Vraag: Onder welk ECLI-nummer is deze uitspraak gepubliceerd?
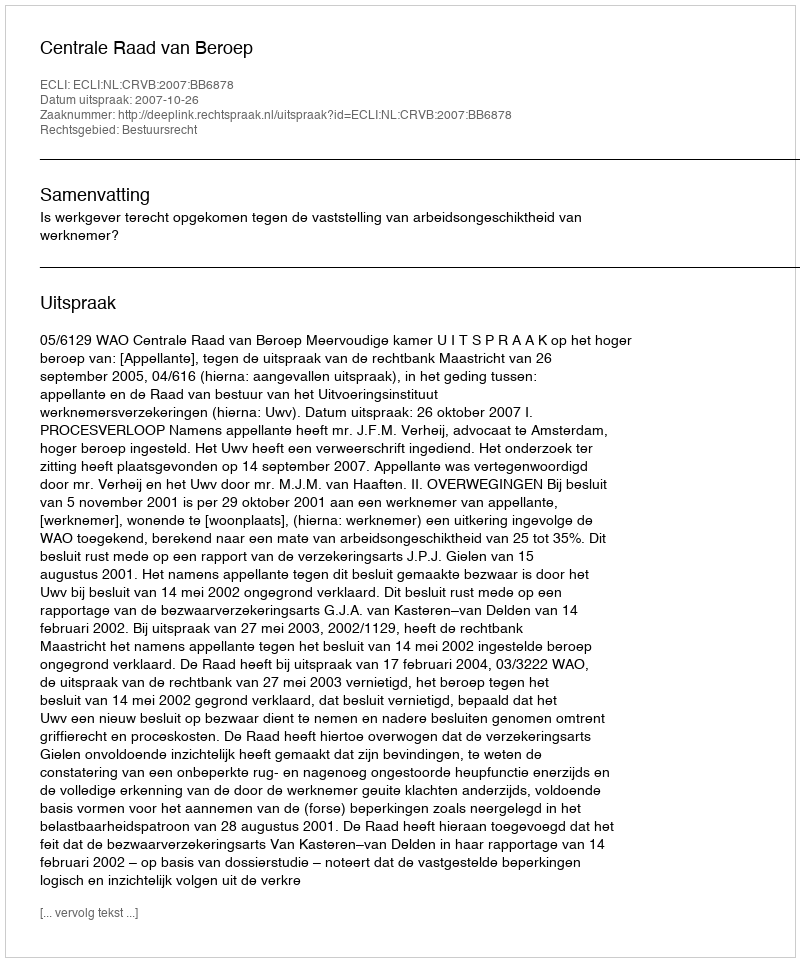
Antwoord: ECLI:NL:CRVB:2007:BB6878